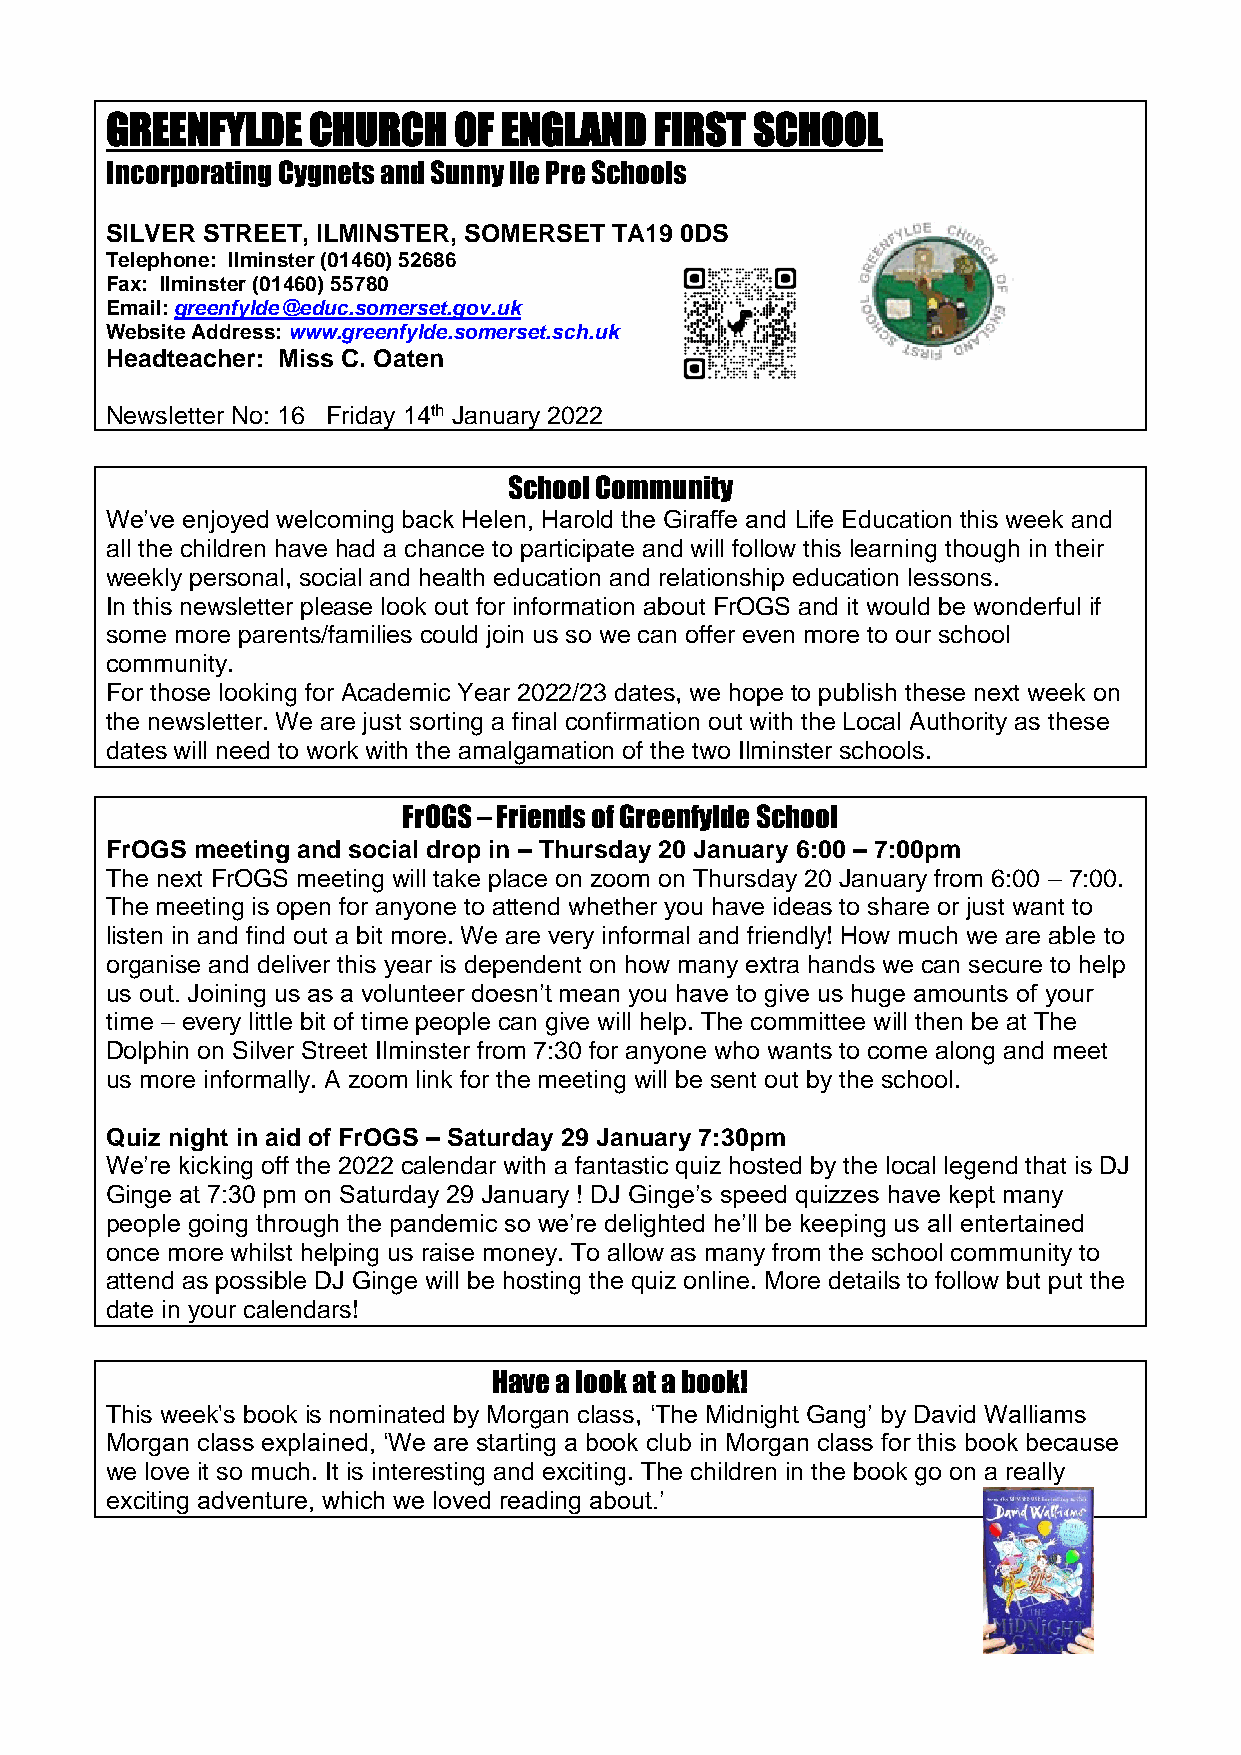
GREENFYLDE   CHURCH    OF ENGLAND   FIRST  SCHOOL
 Incorporating Cygnets and Sunny Ile Pre Schools
 SILVER STREET, ILMINSTER, SOMERSET TA19 0DS
 Telephone: Ilminster (01460) 52686
 Fax: Ilminster (01460) 55780
 Email: greenfylde@educ.somerset.gov.uk
 Website Address: www.greenfylde.somerset.sch.uk
 Headteacher: Miss C. Oaten
 Newsletter No: 16 Friday 14th January 2022
 School Community
 We’ve enjoyed welcoming back Helen, Harold the Giraffe and Life Education this week and
 all the children have had a chance to participate and will follow this learning though in their
 weekly personal, social and health education and relationship education lessons.
 In this newsletter please look out for information about FrOGS and it would be wonderful if
 some more parents/families could join us so we can offer even more to our school
 community.
 For those looking for Academic Year 2022/23 dates, we hope to publish these next week on
 the newsletter. We are just sorting a final confirmation out with the Local Authority as these
 dates will need to work with the amalgamation of the two Ilminster schools.
 FrOGS – Friends of Greenfylde School
 FrOGS meeting and social drop in – Thursday 20 January 6:00 – 7:00pm
 The next FrOGS meeting will take place on zoom on Thursday 20 January from 6:00 – 7:00.
 The meeting is open for anyone to attend whether you have ideas to share or just want to
 listen in and find out a bit more. We are very informal and friendly! How much we are able to
 organise and deliver this year is dependent on how many extra hands we can secure to help
 us out. Joining us as a volunteer doesn’t mean you have to give us huge amounts of your
 time – every little bit of time people can give will help. The committee will then be at The
 Dolphin on Silver Street Ilminster from 7:30 for anyone who wants to come along and meet
 us more informally. A zoom link for the meeting will be sent out by the school.
 Quiz night in aid of FrOGS – Saturday 29 January 7:30pm
 We’re kicking off the 2022 calendar with a fantastic quiz hosted by the local legend that is DJ
 Ginge at 7:30 pm on Saturday 29 January ! DJ Ginge’s speed quizzes have kept many
 people going through the pandemic so we’re delighted he’ll be keeping us all entertained
 once more whilst helping us raise money. To allow as many from the school community to
 attend as possible DJ Ginge will be hosting the quiz online. More details to follow but put the
 date in your calendars!
 Have a look at a book!
 This week's book is nominated by Morgan class, ‘The Midnight Gang’ by David Walliams
 Morgan class explained, ‘We are starting a book club in Morgan class for this book because
 we love it so much. It is interesting and exciting. The children in the book go on a really
 exciting adventure, which we loved reading about.’